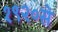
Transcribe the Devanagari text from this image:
१९२०से